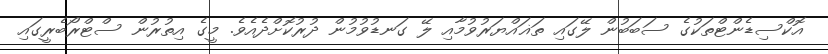
އޮކްސިޑެންޓްތަކުގެ ސަބަބުން ލޭގައި ތަޣައްޔަރުވުމާއި ލޭ ގަނޑުވުމުން ދުރުކޮށްދެއެވެ. މީގެ އިތުރުން ސްޓްރޯބެރީގައި